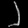
Digit: ၂